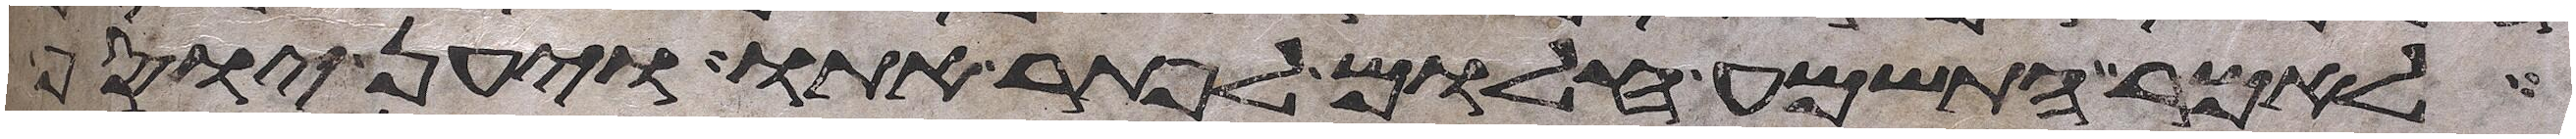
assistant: לאמר התשמע חלום לפתר אתו ויען יוסף